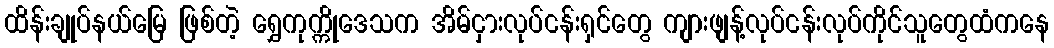
ထိန်းချုပ်နယ်မြေ ဖြစ်တဲ့ ရွှေကုက္ကိုဒေသက အိမ်ငှားလုပ်ငန်းရှင်တွေ ကျားဖျန့်လုပ်ငန်းလုပ်ကိုင်သူတွေထံကနေ